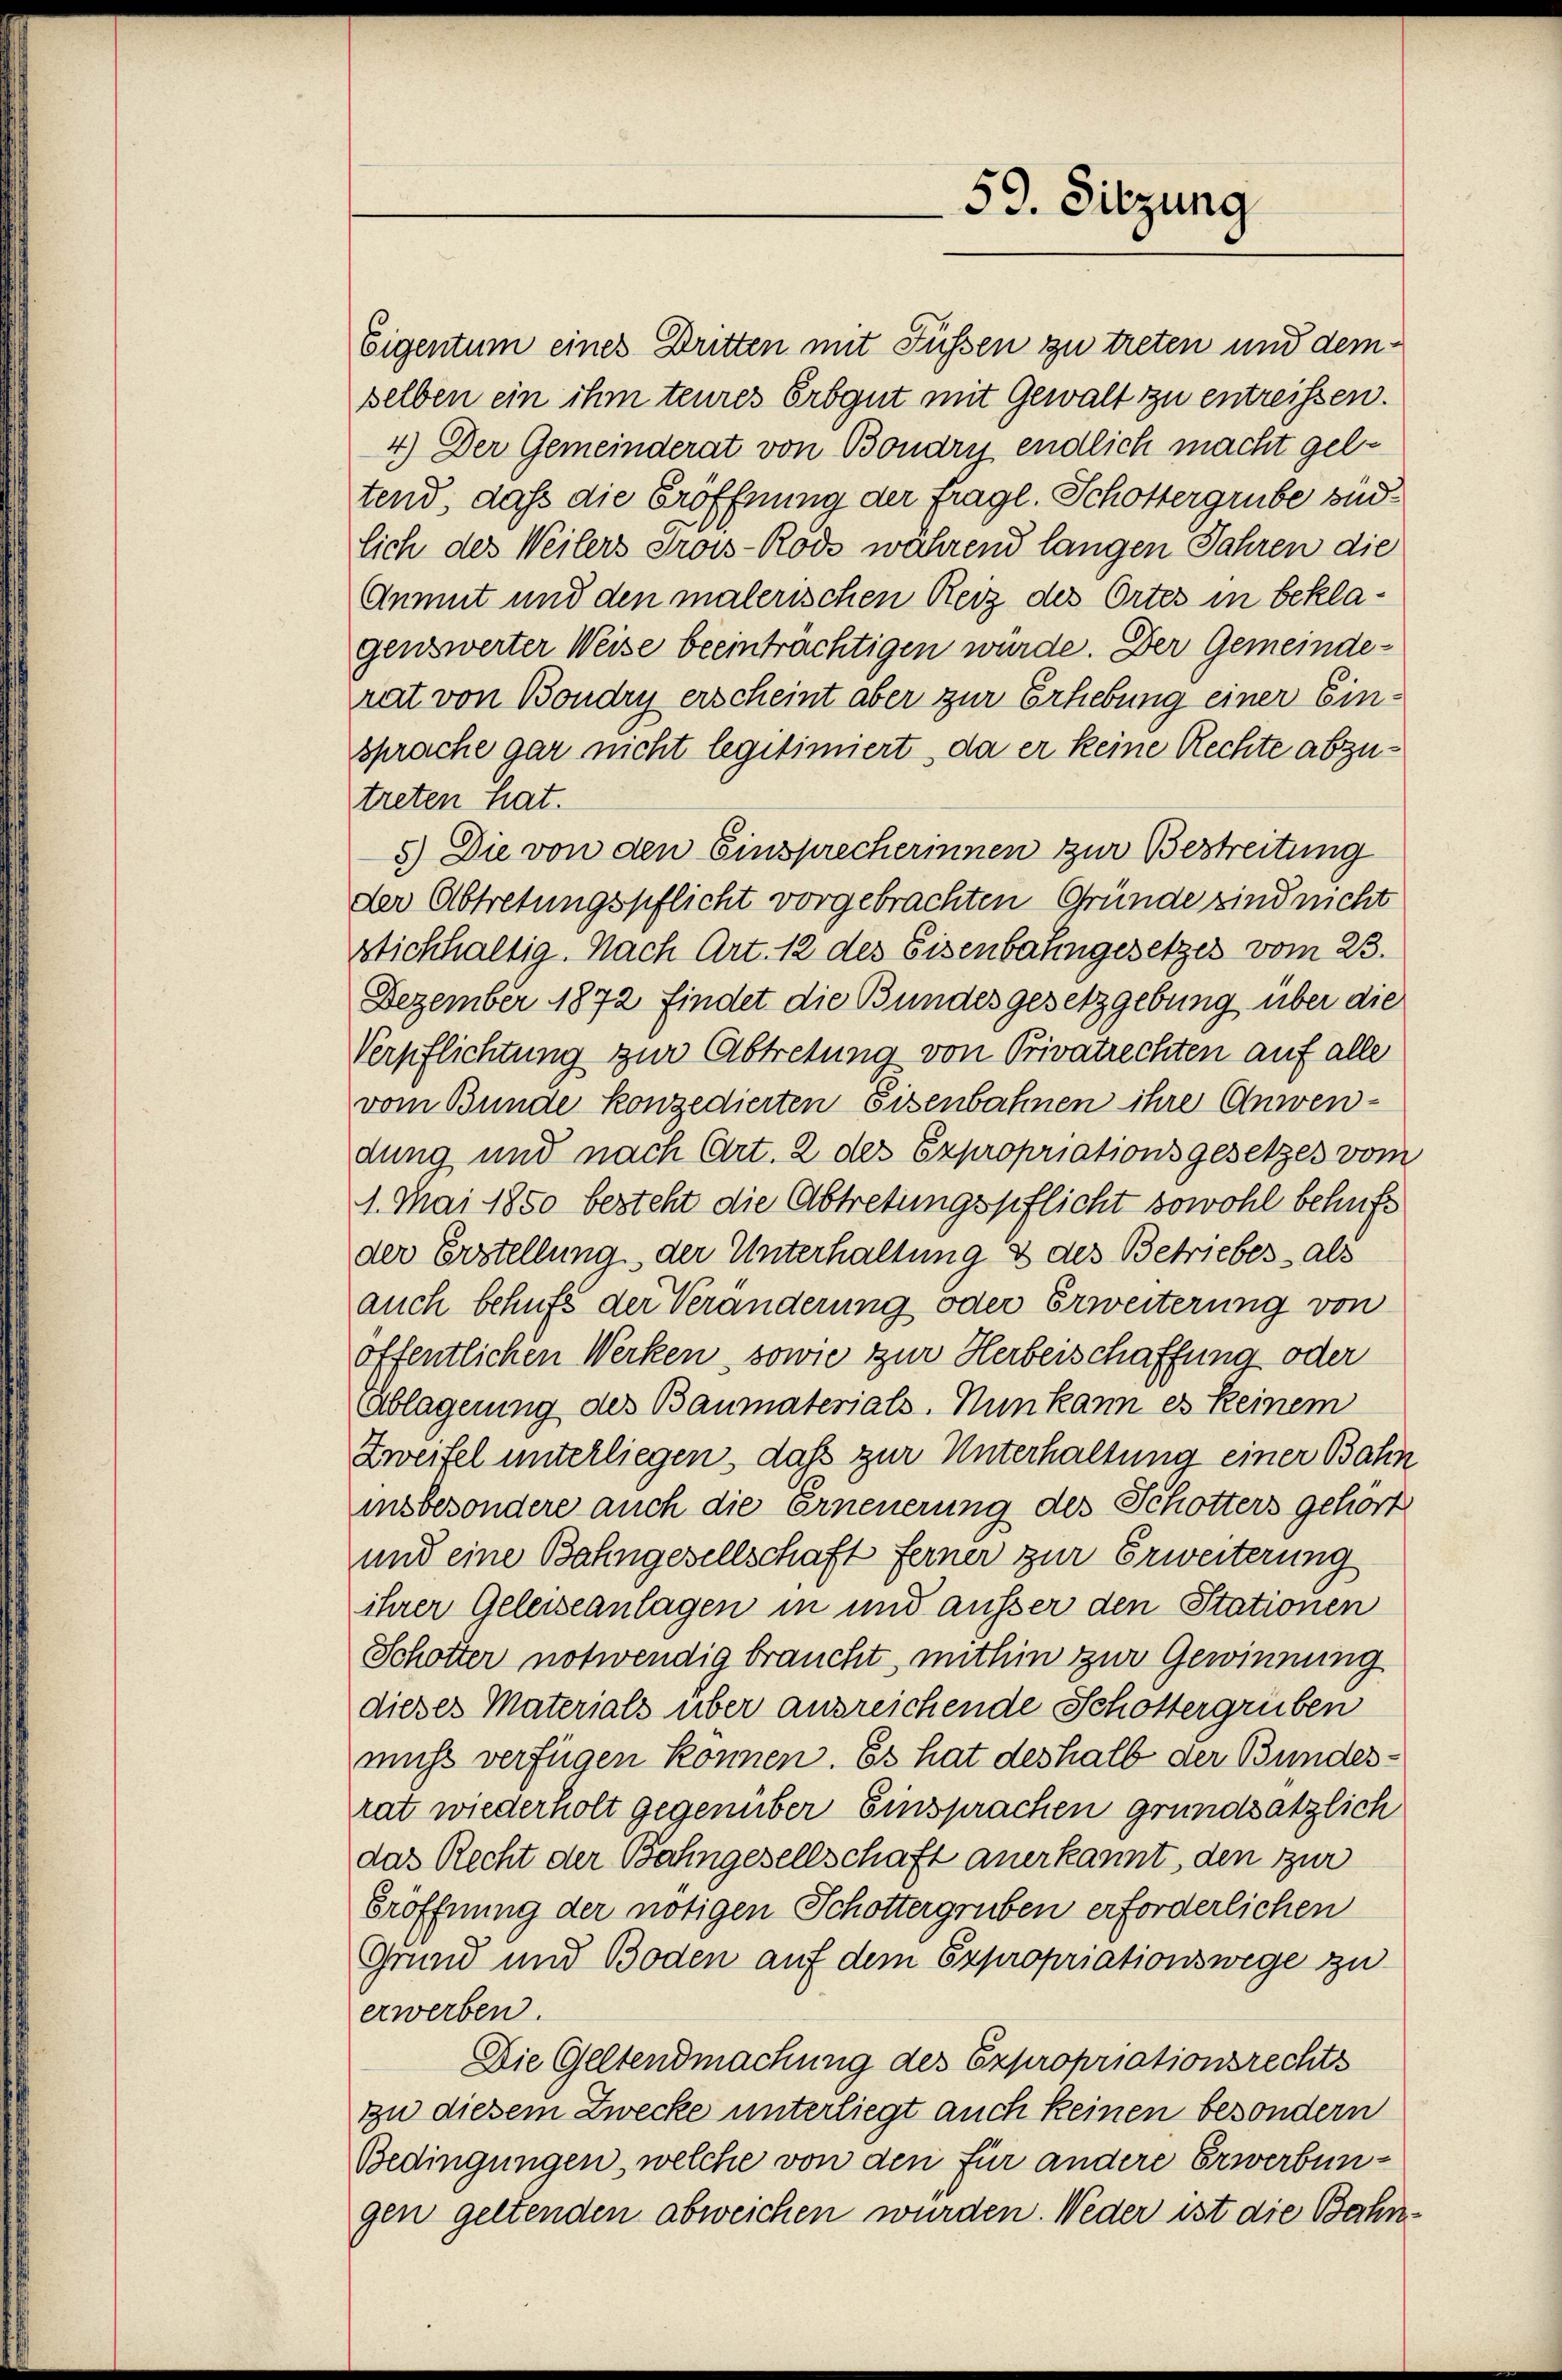
59. Sitzung

Eigentum eines Dritten mit Füssen zu treten und demselben ein ihm teures Erbgut mit Gewalt zu entreissen.
4.) Der Gemeinderat von Boudry endlich macht geltend, daß die Eröffnung der fragl. Schottergrube sind
lich des Weilers drois-Rods während langen Jahren die
Anmut und den malerischen Reiz des Ortes in beklagenswerter Weise beeinträchtigen wurde. Der Gemeinde-
rat von Boudry erscheint aber zur Erhebung einer Einsprache gar nicht legitimiert, da er keine Rechte abzutreten hat.
5.) Die von den Einsprecherinnen zur Bestreitung
der Abtretungspflicht vorgebrachten Gründe sind nicht
stichhaltig. Nach Art. 12 des Eisenbahngesetzes vom 23.
Dezember 1872 findet die Bundesgesetzgebung über die
Verpflichtung zur Abtretung von Privatrechten auf alle
vom Bunde konzedierten Eisenbahnen ihre Anwendung und nach Art. 2 des Expropriationsgesetzes vom
1. Mai 1850 besteht die Abtretungspflicht sowohl behufs
der Erstellung der Unterhaltung & des Betriebes, als
auch behufe der Veränderung oder Erweiterung von
öffentlichen Werken, sowie zur Herbeischaffung oder
Ablagerung des Baumaterials. Nun kann es keinem
Zweifel unterliegen, daß zur Unterhaltung einer Bahn
insbesondere auch die Erneuerung des Schotters gehört
und eine Bahngesellschaft ferner zur Erweiterung
ihrer Geleiseanlagen in und ausser den Stationen
Schotter notwendig braucht, mithin zur Gewinnung
dieses Materials über ausreichende Schottergrüben
muss verfügen können. Es hat deshalb der Bundesrat wiederholt gegenüber Einsprachen grundsätzlich
das Recht der Bahngesellschaft anerkannt, den zur
Eröffnung der nötigen Schottergruben erforderlichen
Grund und Boden auf dem Expropriationswege zu
erwerben.
Die Geltendmachung des Expropriationsrechts
zu diesem Zwecke unterliegt auch keinen besondern
Bedingungen, welche von den für andere Erwerbungen geltenden abweichen wurden. Weder ist die Bahn¬